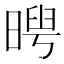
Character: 𣉃